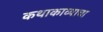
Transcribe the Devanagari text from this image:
कथाकाव्याचा